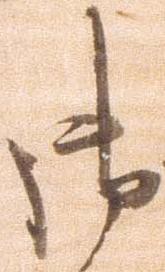
御